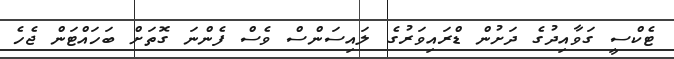
ޓެކްސީ ގަވާއިދުގެ ދަށުން ޑްރައިވަރުގެ ލައިސަންސް ވެސް ފެންނަ ގޮތަށް ބަހައްޓަން ޖެހެ